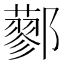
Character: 𨟆